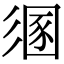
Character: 𢒤